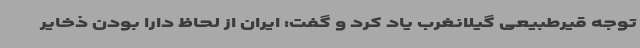
توجه قیرطبیعی گیلانغرب یاد کرد و گفت: ایران از لحاظ دارا بودن ذخایر